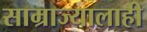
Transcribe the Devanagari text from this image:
साम्राज्यालाही